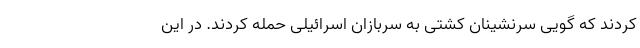
کردند که گویی سرنشینان کشتی به سربازان اسرائیلی حمله کردند. در این